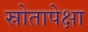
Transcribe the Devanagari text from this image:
स्रोतापेक्षा